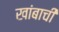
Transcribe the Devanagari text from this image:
खांबाची